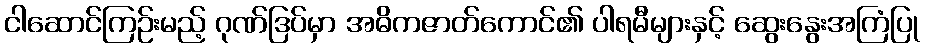
ငါဆောင်ကြဉ်းမည့် ဂုဏ်ဒြပ်မှာ အဓိကဇာတ်ကောင်၏ ပါရမီများနှင့် ဆွေးနွေးအကြံပြု